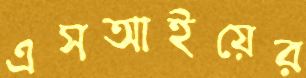
এসআইয়ের